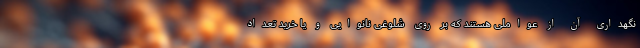
نگهداری آن از عواملی هستند که بر روی شلوغی نانوایی و یا خرید تعداد